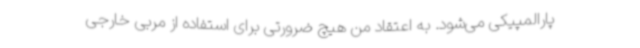
پارالمپیکی می‌شود. به اعتقاد من هیچ ضرورتی برای استفاده از مربی خارجی